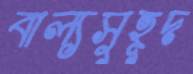
বাল্যসুহূদ